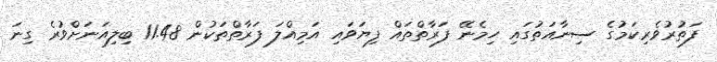
ފަތުރުވެރިކަމުގެ ސިނާއަތުގައި ހިމެނޭ ފަރާތްތައް ފިޔަވައި އަމިއްލަ ފަރާތްތަކުން 11.48 ބިލިއަނަށްވުރެ ގިނަ